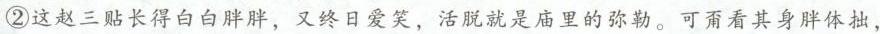
②这赵三贴长得白白胖胖，又终日爱笑，活脱就是庙里的弥勒。可甭看其身体拙，